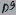
Text: D9